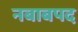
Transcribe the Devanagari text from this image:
नबाबपद